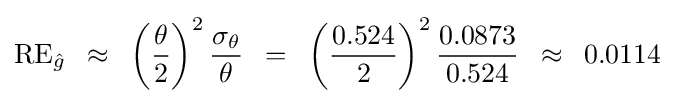
{\rm {RE}}_{\hat {g}}\,\,\,\approx \,\,\,\left({\theta  \over 2}\right)^{2}{{\sigma _{\theta }} \over \theta }\,\,\,=\,\,\,\left({{0.524} \over 2}\right)^{2}{{0.0873} \over {0.524}}\,\,\,\approx \,\,\,0.0114